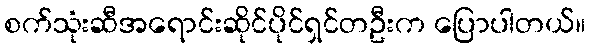
စက်သုံးဆီအရောင်းဆိုင်ပိုင်ရှင်တဦးက ပြောပါတယ်။